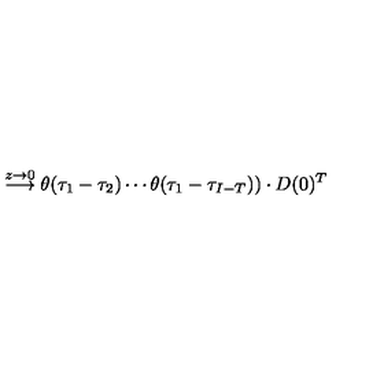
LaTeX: \stackrel { z \to 0 } { \longrightarrow } \theta ( \tau _ { 1 } - \tau _ { 2 } ) \cdots \theta ( \tau _ { 1 } - \tau _ { I - T } ) ) \cdot D ( 0 ) ^ { T }